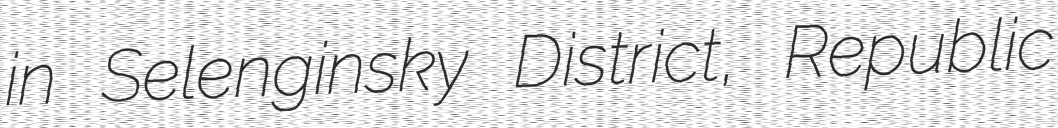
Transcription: in Selenginsky District, Republic